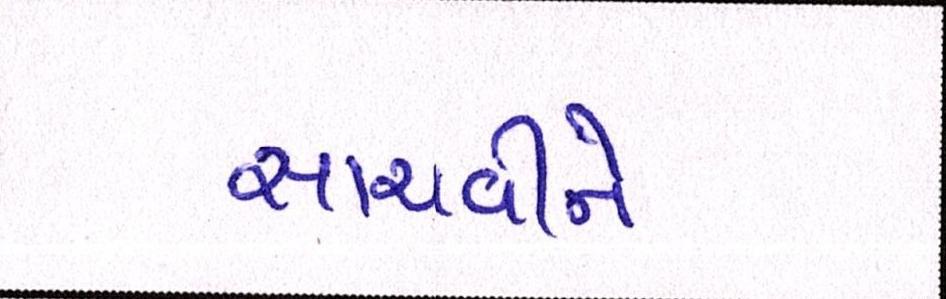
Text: સાચવીને